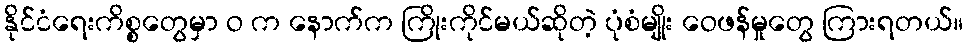
နိုင်ငံရေးကိစ္စတွေမှာ ဝ က နောက်က ကြိုးကိုင်မယ်ဆိုတဲ့ ပုံစံမျိုး ဝေဖန်မှုတွေ ကြားရတယ်။